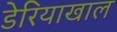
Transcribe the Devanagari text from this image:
डेरियाखाल